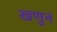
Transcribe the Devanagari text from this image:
खणुन